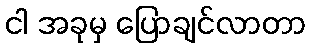
ငါ အခုမှ ပြောချင်လာတာ